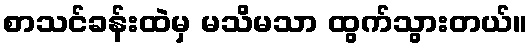
စာသင်ခန်းထဲမှ မသိမသာ ထွက်သွားတယ်။